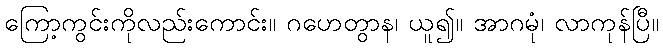
ကြော့ကွင်းကိုလည်းကောင်း။ ဂဟေတွာန၊ ယူ၍။ အာဂမုံ၊ လာကုန်ပြီ။